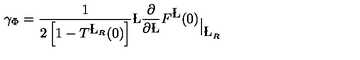
\gamma _ { \Phi } = \frac { 1 } { 2 \left[ 1 - T ^ { \L _ { R } } ( 0 ) \right] } \L \frac { \partial } { \partial \L } { F ^ { \L } ( 0 ) } _ { \big | _ { \L _ { R } } }